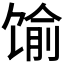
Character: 𱄁